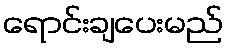
ရောင်းချပေးမည်